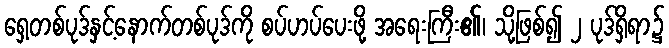
ရှေ့တစ်ပုဒ်နှင့်နောက်တစ်ပုဒ်ကို စပ်ဟပ်ပေးဖို့ အရေးကြီး၏၊ သို့ဖြစ်၍ ၂ ပုဒ်ရှိရာ၌